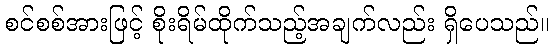
စင်စစ်အားဖြင့် စိုးရိမ်ထိုက်သည့်အချက်လည်း ရှိပေသည်။